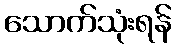
သောက်သုံးရန်